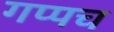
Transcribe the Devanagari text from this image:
गप्पच